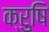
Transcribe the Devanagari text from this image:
क्रुषि